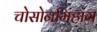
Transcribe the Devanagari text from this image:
चोसोनमिंहांग